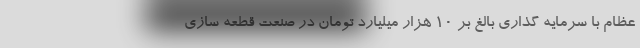
عظام با سرمایه گذاری بالغ بر ١٠ هزار میلیارد تومان در صنعت قطعه سازی